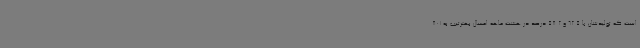
است که تولیدشان با 62.5 و 58.2 درصد در هشت ماهه امسال بهترتیب به 801